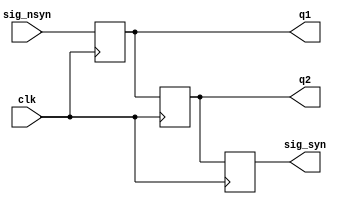
`timescale 1ns / 1ps
//////////////////////////////////////////////////////////////////////////////////
// Company: 
// Engineer: 
// 
// Design Name: 
// Module Name: pipe3b_OK
// Project Name: 
// Target Devices: 
// Tool Versions: 
// Description: 
// 
// Dependencies: 
// 
// Revision:
// Revision 0.01 - File Created
// Additional Comments:
// 
//////////////////////////////////////////////////////////////////////////////////



module pipe3b_OK(sig_nsyn,clk,q1,q2,sig_syn);
    input sig_nsyn;
    input clk;
    output reg q1;
    output reg q2;
    output reg sig_syn;
    always @(posedge clk) begin
        sig_syn<=q2;
        q2<=q1;
        q1<=sig_nsyn;
    end  
endmodule